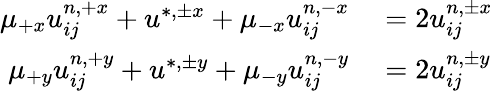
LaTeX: \begin{array}{rl}{\mu_{+x}u_{ij}^{n,+x}+u^{\ast,\pm x}+\mu_{-x}u_{ij}^{n,-x}}&{{}=2u_{ij}^{n,\pm x}}\\ {\mu_{+y}u_{ij}^{n,+y}+u^{\ast,\pm y}+\mu_{-y}u_{ij}^{n,-y}}&{{}=2u_{ij}^{n,\pm y}}\end{array}